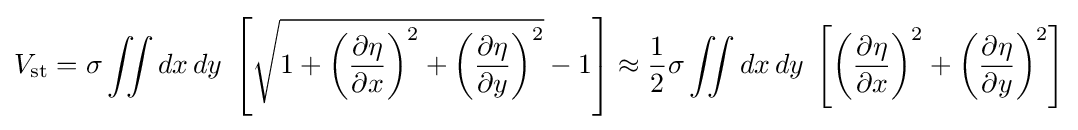
V_{\mathrm {st} }=\sigma \iint dx\,dy\;\left[{\sqrt {1+\left({\frac {\partial \eta }{\partial x}}\right)^{2}+\left({\frac {\partial \eta }{\partial y}}\right)^{2}}}-1\right]\approx {\frac {1}{2}}\sigma \iint dx\,dy\;\left[\left({\frac {\partial \eta }{\partial x}}\right)^{2}+\left({\frac {\partial \eta }{\partial y}}\right)^{2}\right]